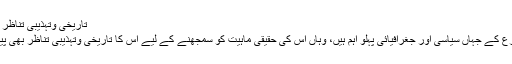
تاریخی وتہذیبی تناظر اور ہوش مندی کی راہ | مکالمہ
شرق اوسط میں عرب ایران تنازع کے جہاں سیاسی اور جغرافیائی پہلو اہم ہیں، وہاں اس کی حقیقی ماہیت کو سمجھنے کے لیے اس کا تاریخی وتہذیبی تناظر بھی پیش نظر رہنا بہت ضروری ہے۔